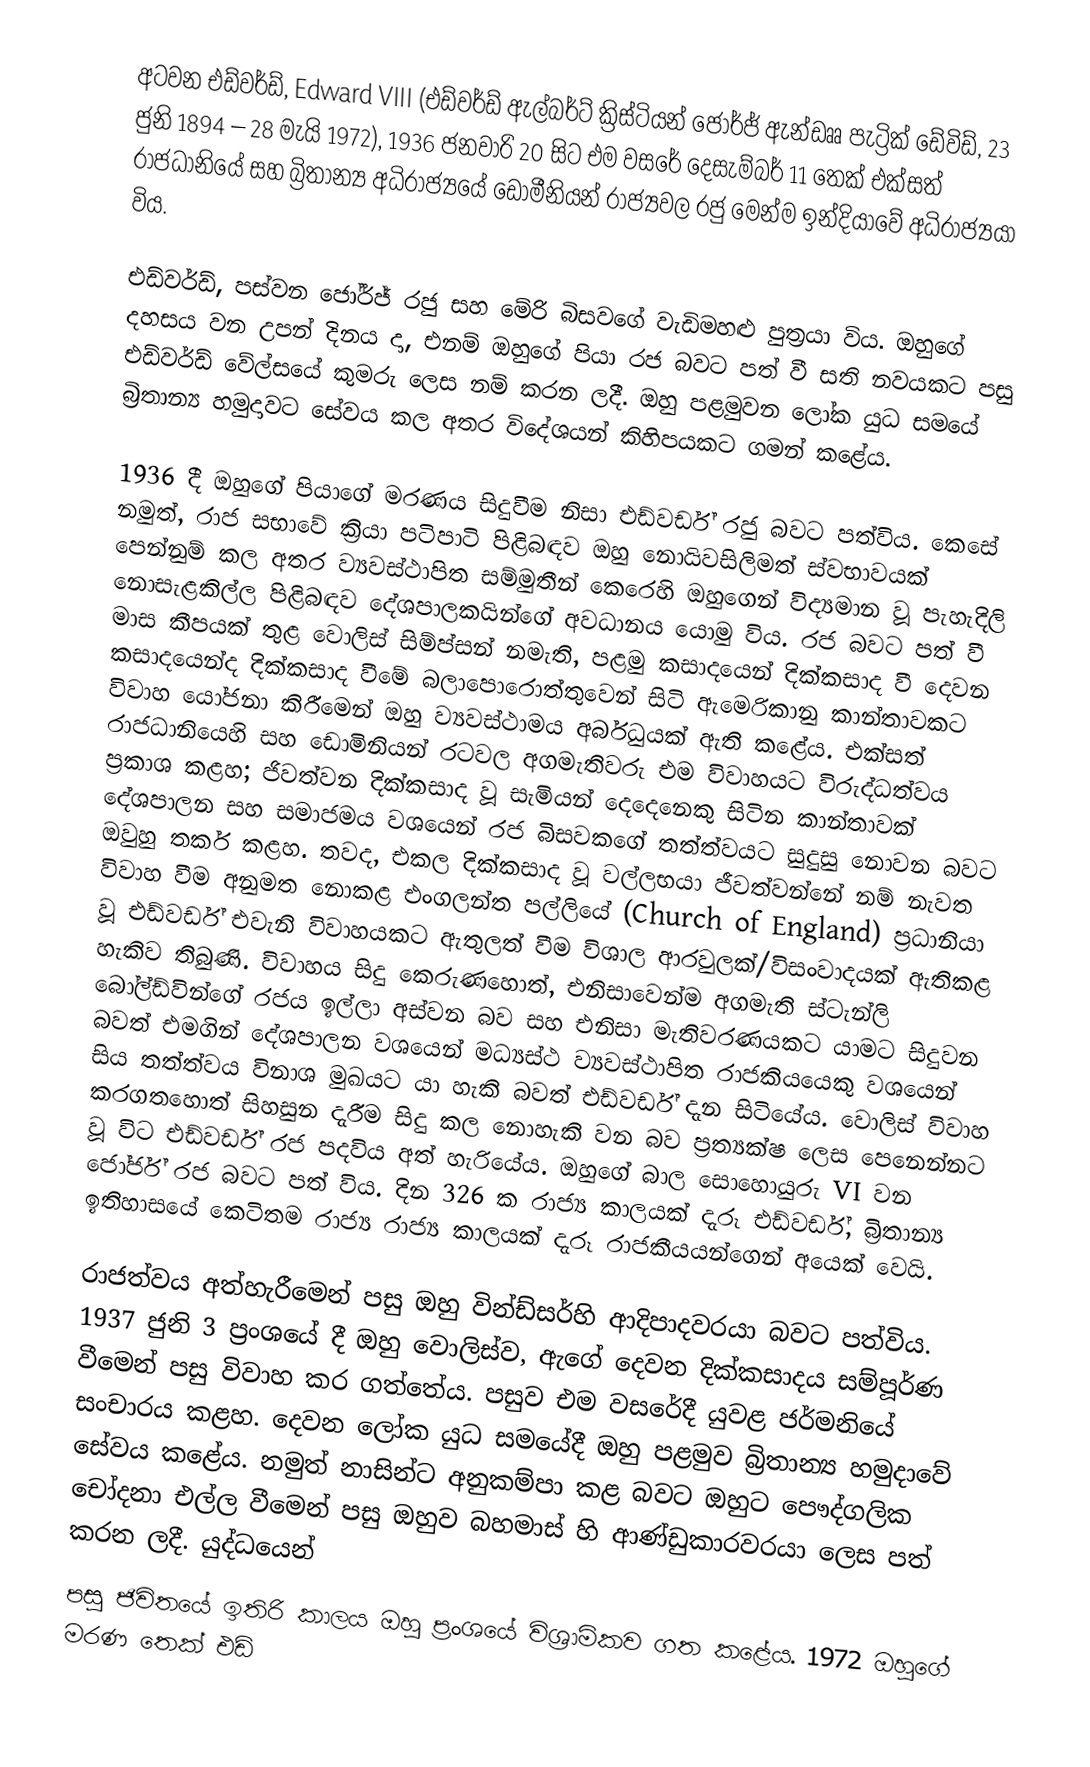
අටවන එඩ්වර්ඩ්, Edward VIII (එඩ්වර්ඩ් ඇල්බර්ට් ක්‍රිස්ටියන් ජෝර්ජ් ඇන්ඩෲ පැට්‍රික් ඩේවිඩ්, 23 ජුනි 1894 – 28 මැයි 1972), 1936 ජනවාරි 20 සිට එම වසරේ දෙසැම්බර් 11 තෙක් එක්සත් රාජධානියේ සහ බ්‍රිතාන්‍ය අධිරාජ්‍යයේ ඩොමීනියන් රාජ්‍යවල රජු මෙන්ම ඉන්දියාවේ අධිරාජ්‍යයා විය.

එඩ්වර්ඩ්, පස්වන ජෝර්ජ් රජු සහ මේරි බිසවගේ වැඩිමහළු පුත්‍රයා විය. ඔහුගේ දහසය වන උපන් දිනය දා, එනම් ඔහුගේ පියා රජ බවට පත් වී සති නවයකට පසු එඩ්වර්ඩ් වේල්සයේ කුමරු ලෙස නම් කරන ලදී. ඔහු පළමුවන ලෝක යුධ සමයේ බ්‍රිතාන්‍ය හමුදාවට සේවය කල අතර විදේශයන් කිහිපයකට ගමන් කළේය.

1936 දී ඔහුගේ පියාගේ මරණය සිදුවීම නිසා එඩ්වර්ඩ් රජු බවට පත්විය. කෙසේ නමුත්, රාජ සභාවේ ක්‍රියා පටිපාටි පිළිබඳව ඔහු නොයිවසිලිමත් ස්වභාවයක් පෙන්නුම් කල අතර ව්‍යවස්ථාපිත සම්මුතීන් කෙරෙහි ඔහුගෙන් විද්‍යමාන වූ පැහැදිලි නොසැළකිල්ල පිළිබඳව දේශපාලකයින්ගේ අවධානය යොමු විය. රජ බවට පත් වී මාස කීපයක් තුළ වොලිස් සිම්ප්සන් නමැති, පළමු කසාදයෙන් දික්කසාද වී දෙවන කසාදයෙන්ද දික්කසාද වීමේ බලාපොරොත්තුවෙන් සිටි ඇමෙරිකානු කාන්තාවකට විවාහ යෝජනා කිරීමෙන් ඔහු ව්‍යවස්ථාමය අර්බුධයක් ඇති කළේය. එක්සත් රාජධානියෙහි සහ ඩොමිනියන් රටවල අගමැතිවරු එම විවාහයට විරුද්ධත්වය ප්‍රකාශ කළහ; ජිවත්වන දික්කසාද වූ සැමියන් දෙදෙනෙකු සිටින කාන්තාවක් දේශපාලන සහ සමාජමය වශයෙන් රජ බිසවකගේ තත්ත්වයට සුදුසු නොවන බවට ඔවුහු තර්ක කළහ. තවද, එකල දික්කසාද වූ වල්ලභයා ජීවත්වන්නේ නම් නැවත විවාහ වීම අනුමත නොකළ එංගලන්ත පල්ලියේ (Church of England) ප්‍රධානියා වූ එඩ්වර්ඩ් එවැනි විවාහයකට ඇතුලත් වීම විශාල ආරවුලක්/විසංවාදයක් ඇතිකළ හැකිව තිබුණි. විවාහය සිදු කෙරුණහොත්, එනිසාවෙන්ම අගමැති ස්ටැන්ලි බෝල්ඩ්වින්ගේ රජය ඉල්ලා අස්වන බව සහ එනිසා මැතිවරණයකට යාමට සිදුවන බවත් එමගින් දේශපාලන වශයෙන් මධ්‍යස්ථ ව්‍යවස්ථාපිත රාජකියයෙකු වශයෙන් සිය තත්ත්වය විනාශ මුඛයට යා හැකි බවත් එඩ්වර්ඩ් දැන සිටියේය. වොලිස් විවාහ කරගතහොත් සිහසුන දැරීම සිදු කල නොහැකි වන බව ප්‍රත්‍යක්ෂ ලෙස පෙනෙන්නට වූ විට එඩ්වර්ඩ් රජ පදවිය අත් හැරියේය. ඔහුගේ බාල සොහොයුරු VI වන ජෝර්ජ් රජ බවට පත් විය. දින 326 ක රාජ්‍ය කාලයක් දැරූ එඩ්වර්ඩ්, බ්‍රිතාන්‍ය ඉතිහාසයේ කෙටිතම රාජ්‍ය රාජ්‍ය කාලයක් දැරූ රාජකීයයන්ගෙන් අයෙක් වෙයි.

රාජත්වය අත්හැරීමෙන් පසු ඔහු වින්ඩ්සර්හි ආදිපාදවරයා බවට පත්විය. 1937 ජුනි 3 ප්‍රංශයේ දී ඔහු වොලිස්ව, ඇගේ දෙවන දික්කසාදය සම්පූර්ණ වීමෙන් පසු විවාහ කර ගත්තේය. පසුව එම වසරේදී යුවළ ජර්මනියේ සංචාරය කළහ. දෙවන ලෝක යුධ සමයේදී ඔහු පළමුව බ්‍රිතාන්‍ය හමුදාවේ සේවය කළේය. නමුත් නාසින්ට අනුකම්පා කළ බවට ඔහුට පෞද්ගලික චෝදනා එල්ල වීමෙන් පසු ඔහුව බහමාස් හි ආණ්ඩුකාරවරයා ලෙස පත් කරන ලදී. යුද්ධයෙන්
පසු ජිවිතයේ ඉතිරි කාලය ඔහු ප්‍රංශයේ විශ්‍රාමිකව ගත කළේය. 1972 ඔහුගේ මරණ තෙක් එඩ්